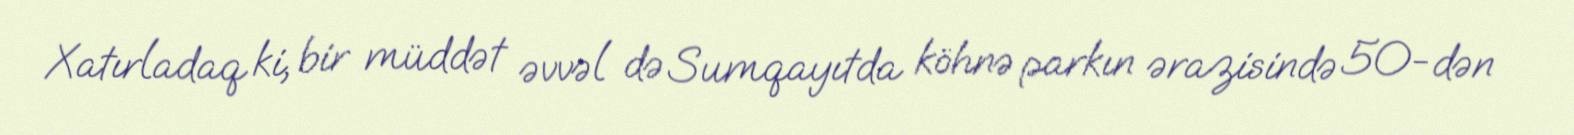
Xatırladaq ki, bir müddət əvvəl də Sumqayıtda köhnə parkın ərazisində 50-dən